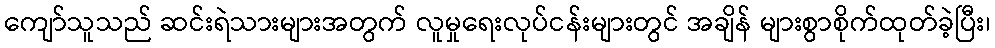
ကျော်သူသည် ဆင်းရဲသားများအတွက် လူမှုရေးလုပ်ငန်းများတွင် အချိန် များစွာစိုက်ထုတ်ခဲ့ပြီး၊